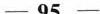
—95—